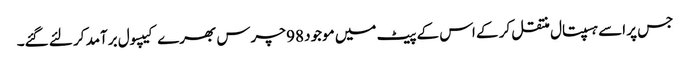
جس پر اسے ہسپتال منتقل کر کے اس کے پیٹ میں موجود 98 چرس بھرے کیپسول برآمد کر لئے گئے۔